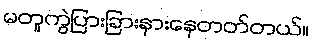
မတူကွဲပြားခြားနားနေတတ်တယ်။